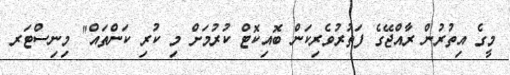
މީގެ އިތުރުން ރާއްޖޭގެ ފަތުރުވެރިކަން ބޮއިކޮޓް ކުރުމަށް މި ކުރި ކަންތައް" މިނިސްޓަރ